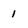
Character: 1